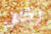
ركن